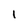
Character: I